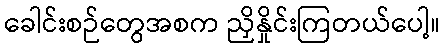
ခေါင်းစဉ်တွေအစက ညှိနှိုင်းကြတယ်ပေါ့။